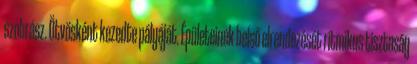
szobrász. Ötvösként kezedte pályáját. Épületeinek belső elrendezését ritmikus tisztaság